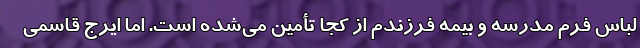
لباس فرم مدرسه و بیمه فرزندم از کجا تأمین می‌شده است. اما ایرج قاسمی